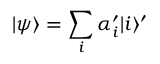
| \psi \rangle = \sum _ { i } \alpha _ { i } ^ { \prime } | i \rangle ^ { \prime }